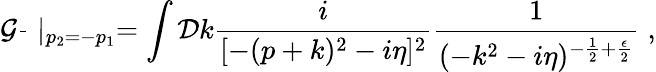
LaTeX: {\cal G}\frac{}{}\mid_{p_{2}=-p_{1}}=\int{\cal D}k\frac{i}{[-(p+k)^{2}-i\eta]^{2}}\frac{1}{(-k^{2}-i\eta)^{-\frac{1}{2}+\frac{\epsilon}{2}}}\; ,